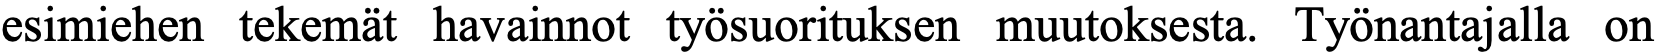
esimiehen tekemät havainnot työsuorituksen muutoksesta. Työnantajalla on